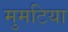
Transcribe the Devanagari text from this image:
मुमटिया